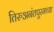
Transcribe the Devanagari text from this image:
तिरुअनंतपूरमच्या